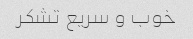
خوب و سریع تشکر